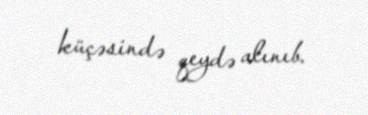
küçəsində qeydə alınıb.